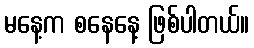
မနေ့က စနေနေ့ ဖြစ်ပါတယ်။